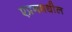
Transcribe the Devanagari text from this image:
एप्रनमधील